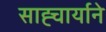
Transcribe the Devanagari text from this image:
साह्चार्याने